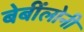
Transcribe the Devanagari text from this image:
बेबींलोनी